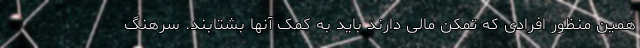
همین منظور افرادی که تمکن مالی دارند باید به کمک آنها بشتابند. سرهنگ